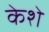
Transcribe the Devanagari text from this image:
केशे